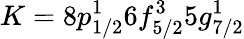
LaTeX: K=8p_{1/2}^{1}6f_{5/2}^{3}5g_{7/2}^{1}